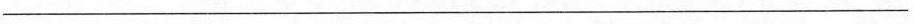
___